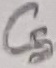
Text: C5